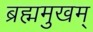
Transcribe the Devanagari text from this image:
ब्रह्ममुखम्